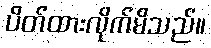
ပိတ်ထားလိုက်မိသည်။